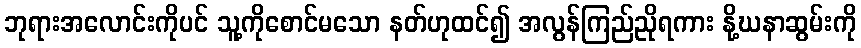
ဘုရားအလောင်းကိုပင် သူ့ကိုစောင်မသော နတ်ဟုထင်၍ အလွန်ကြည်ညိုရကား နို့ဃနာဆွမ်းကို